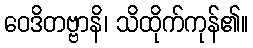
ဝေဒိတဗ္ဗာနိ၊ သိထိုက်ကုန်၏။